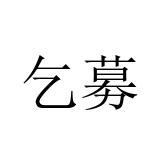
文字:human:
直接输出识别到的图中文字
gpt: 乞募